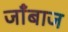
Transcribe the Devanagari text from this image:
जाँबाज